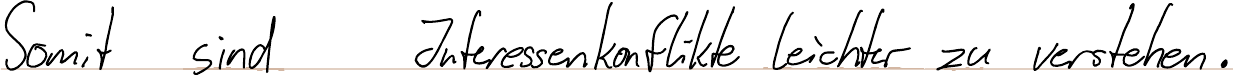
Somit sind Interessenkonflikte leichter zu verstehen.